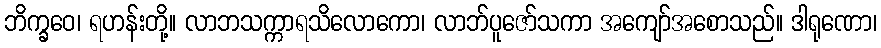
ဘိက္ခဝေ၊ ရဟန်းတို့။ လာဘသက္ကာရသိလောကော၊ လာဘ်ပူဇော်သကာ အကျော်အစောသည်။ ဒါရုဏော၊